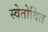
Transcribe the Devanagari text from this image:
स्वेतोवित